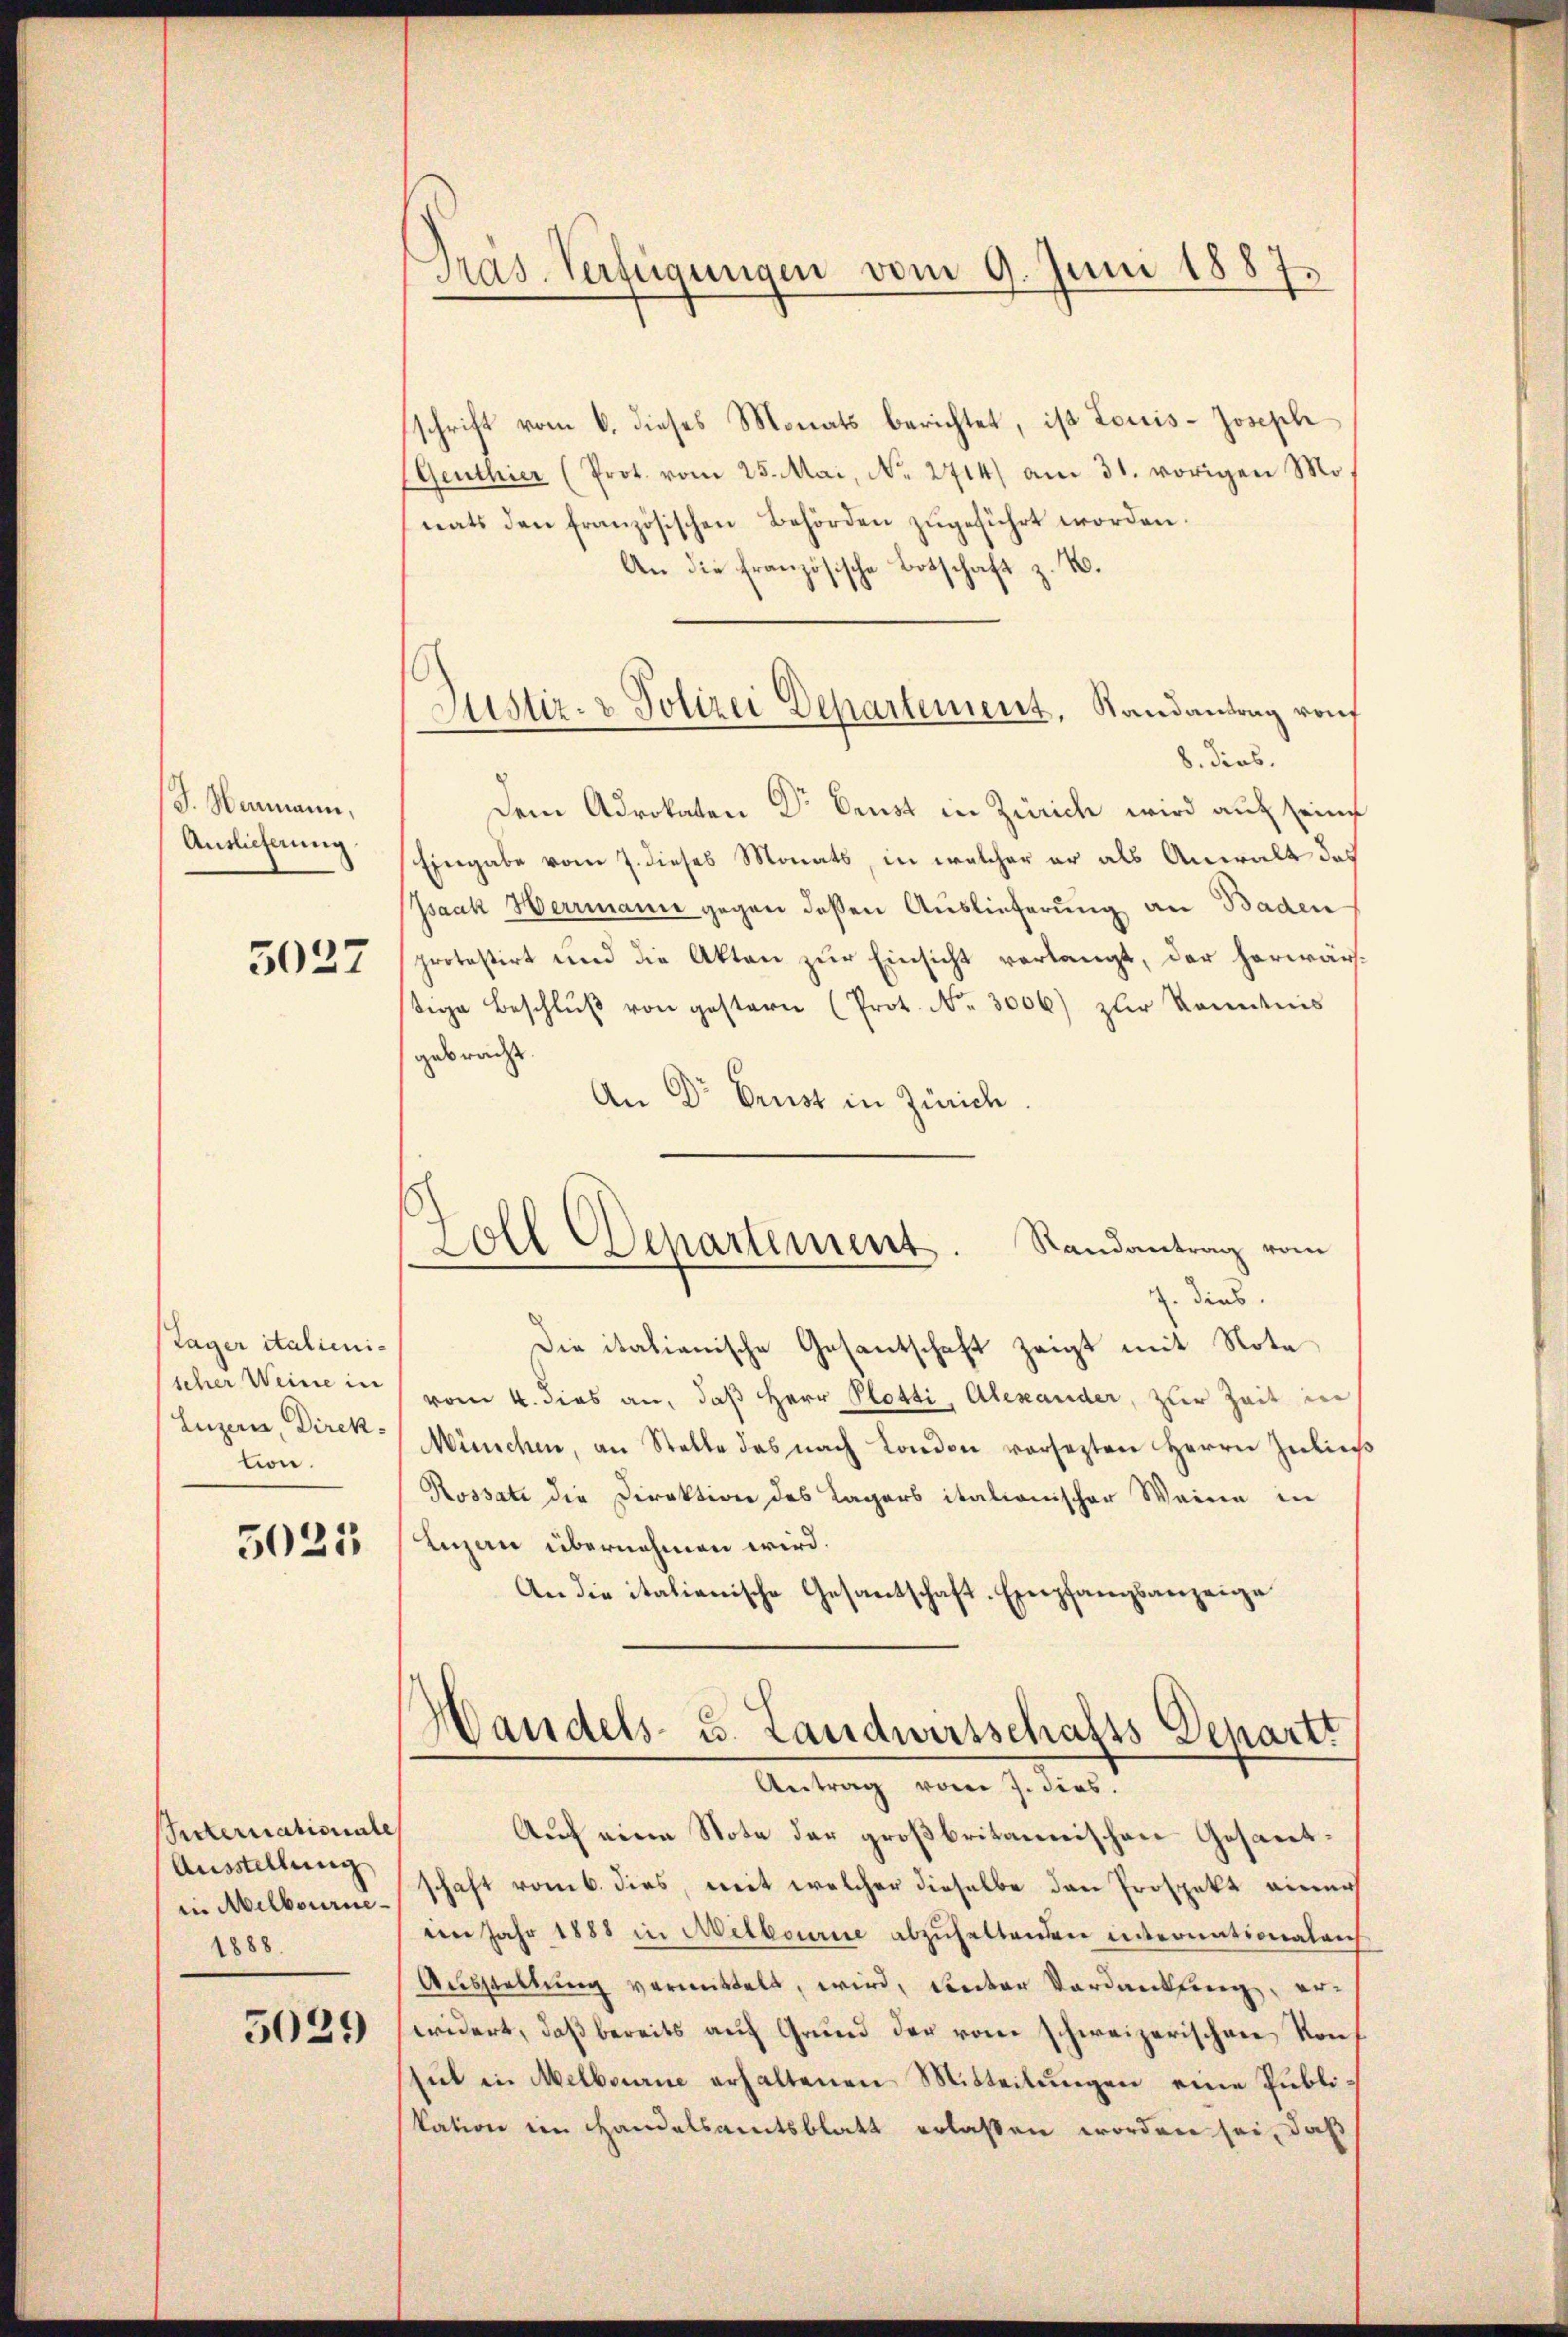
J. Neumann,
Auslieferung
5027

Tager italienischer Weine in
Luzern, Direktion.

5021

Secternationale
Ausstellung
in Melbourne
1888.
5029

Präs. Verfügungen vom 9. Juni 1887.

schrift vom 6. dieses Monats berichtet, ist Louis-Joseph
Genthier (Prot. vom 25. Mai, No. 2714) am 31. vorigen Mo
nats den französischen Behörden zŭgeführt worden.
An die französische Botschaft z. B.
8. dies.
Dem Advokaten Dr Brust in Zürich wird auf seine
Eingabe vom 7. dieses Monats, in welcher er als Anwalt das
Isaak Herrmann gegen dessen Auslieferung an Baden
protestirt und die Akten zur Einsicht verlangt, der herwärtige Beschlŭβ von gestern (Prot. Nr. 3006) zur kommnis
gebracht.
An Dr Brust in Zürich
. dies
Die italienische Gesantschaft zeigt mit Note
vom 4. dies an, daß Herr Plotti, Alexander, zur Zeit in
München, an Stelle des nach London versezten Herrn Znließ
Rossati die Direktion des Lagers italionischer Weine in
Luzan übernehmen wird.
An die italienische Gesantschaft-Empfangsanzeige
Handels- u. Landwirtschafts Departt
Antrag vom 7. dies.
Auf eine Note der großbritannischen Gesantschaft vom 6. dies, mit welcher dieselbe den Prospekt einer
am Jahr 1888 in Melbourie abzŭhaltenden internationalrich
Ausstellung vermittelt, wird, deuter Verdankling, erwidert, daß bereits auf Grund der vom schweizerischen Konsiel in Melbourne erhaltenen Mitteilungen eine Publikation im Handelsamtsblatt erlassen worden sei, daß

Justiz- & Polizei Departement, Randantrag von

Zoll Departement. Randantrag vom